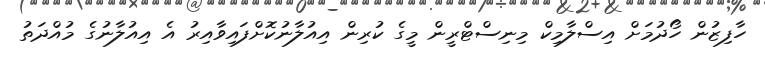
ހާފިޒުން ހޯދުމަށް އިސްލާމިކް މިނިސްޓްރީން މީގެ ކުރިން އިއުލާނުކޮށްފައިވާއިރު އެ އިއުލާނުގެ މުއްދަތު